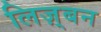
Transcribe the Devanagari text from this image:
लिज़्बन